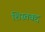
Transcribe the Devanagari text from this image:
शिस्तबद्द